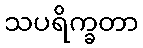
သပရိက္ခတာ